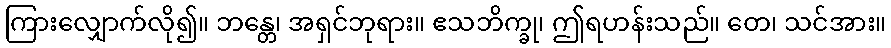
ကြားလျှောက်လို၍။ ဘန္တေ၊ အရှင်ဘုရား။ ဧသဘိက္ခု၊ ဤရဟန်းသည်။ တေ၊ သင်အား။